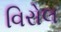
વિરોલ